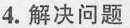
4.解决问题